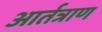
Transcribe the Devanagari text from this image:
आर्तत्राण